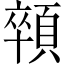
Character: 顇